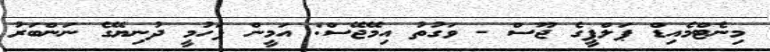
މިނެޓްމެއިޑް ޕަލްޕީގެ ޖޫސް - ވަގުތު އިމޭޖޭސް: އަމީން ފަހުމީ ދުނިޔޭގެ ނަންބަރު